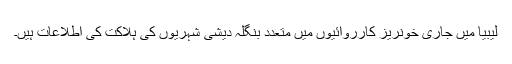
لیبیا میں جاری خونریز کارروائیوں میں متعدد بنگلہ دیشی شہریوں کی ہلاکت کی اطلاعات ہیں۔